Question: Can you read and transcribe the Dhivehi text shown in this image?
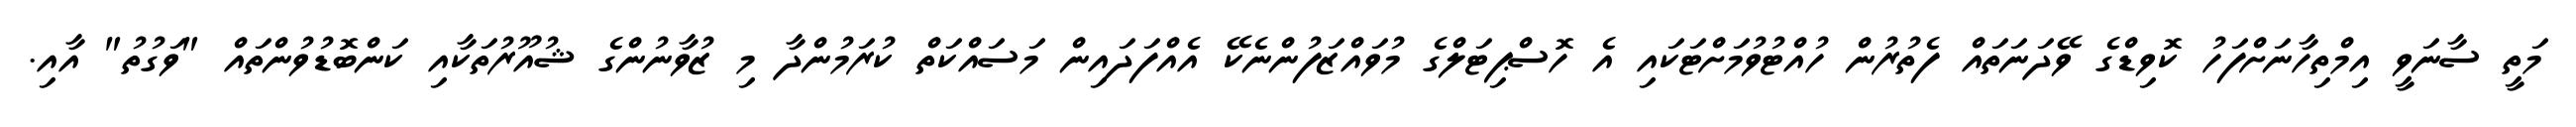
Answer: މަތީ ސާނަވީ އިމްތިހާނަށްފަހު ކޮވިޑްގެ ވޭދަނަތައް ފެތުރުން ހުއްޓުވުމަށްޓަކައި އެ ހޮސްޕިޓަލްގެ މުވައްޒަފުންނެކޭ އެއްފަދައިން މަސައްކަތް ކުރަމުންދާ މި ޒުވާނުންގެ ޝުއޫރުތަކާއި ކަންބޮޑުވުންތައް "ވަގުތު" އާއި.